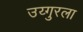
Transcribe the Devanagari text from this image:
उय्गुरला